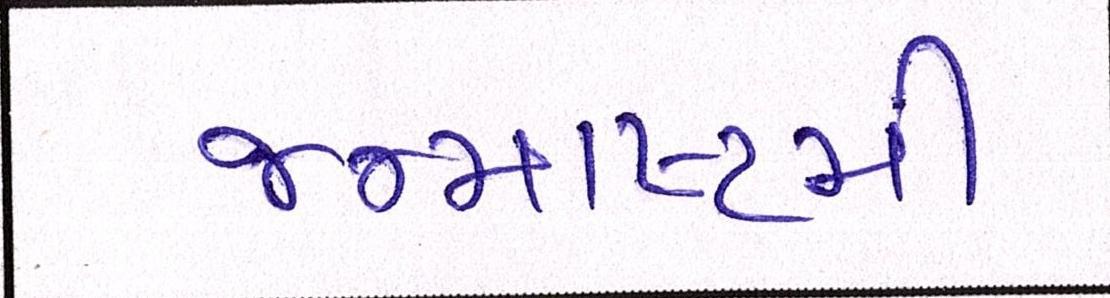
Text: જન્માષ્ટમી